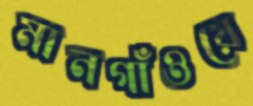
মানগাঁওয়ে